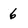
Character: 6